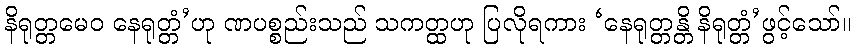
နိရုတ္တမေဝ နေရုတ္တံ’ဟု ဏပစ္စည်းသည် သကတ္ထဟု ပြလိုရကား ‘နေရုတ္တန္တိ နိရုတ္တံ’ဖွင့်သော်။